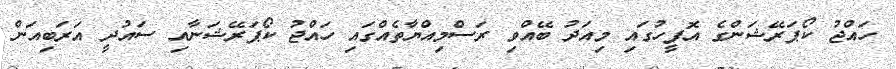
ހައްޖު ކޯޕަރޭޝަންގެ އޮފީހުގައި މިއަދު ބޭއްވި ރަސްމިއްޔާތެއްގައި ހައްޖު ކޯޕަރޭޝަނާއި ސައުދީ އަރަބިއަން